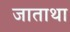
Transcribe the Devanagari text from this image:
जाताथा